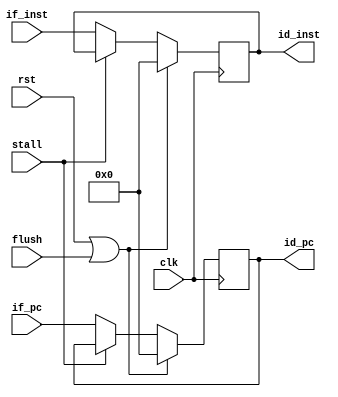
/***************************************
 ********** Andy You Property **********
 ***************************************/


module IF2ID (clk, rst, if_pc, if_inst, id_pc, id_inst, stall, flush);

input  clk, rst, stall, flush;
input  [31:0] if_pc, if_inst;

output [31:0] id_pc, id_inst;
reg    [31:0] id_pc, id_inst;

always @(posedge clk)
begin
    if (rst | flush) begin
	id_pc <= 32'h0;
	id_inst <= 32'h0;
    end
    else begin
	if (stall) begin
	    id_pc <= id_pc;
	    id_inst <= id_inst;
	end
	else begin
	    id_pc <= if_pc;
	    id_inst <= if_inst;
        end
    end
end

endmodule